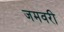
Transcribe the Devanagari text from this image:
जमवरी